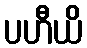
ပဟီယိ